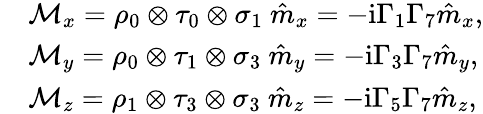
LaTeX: \begin{array}{rl}&{\mathcal{M}_{x}=\rho_{0}\otimes\tau_{0}\otimes\sigma_{1}\ \hat{m}_{x}=-\mathrm{i}\Gamma_{1}\Gamma_{7}\hat{m}_{x},}\\ &{\mathcal{M}_{y}=\rho_{0}\otimes\tau_{1}\otimes\sigma_{3}\ \hat{m}_{y}=-\mathrm{i}\Gamma_{3}\Gamma_{7}\hat{m}_{y},}\\ &{\mathcal{M}_{z}=\rho_{1}\otimes\tau_{3}\otimes\sigma_{3}\ \hat{m}_{z}=-\mathrm{i}\Gamma_{5}\Gamma_{7}\hat{m}_{z},}\end{array}